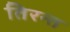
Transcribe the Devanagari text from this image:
तिरन्त